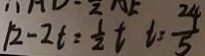
1 2 - 2 t = \frac { 1 } { 2 } t t = \frac { 2 4 } { 5 }